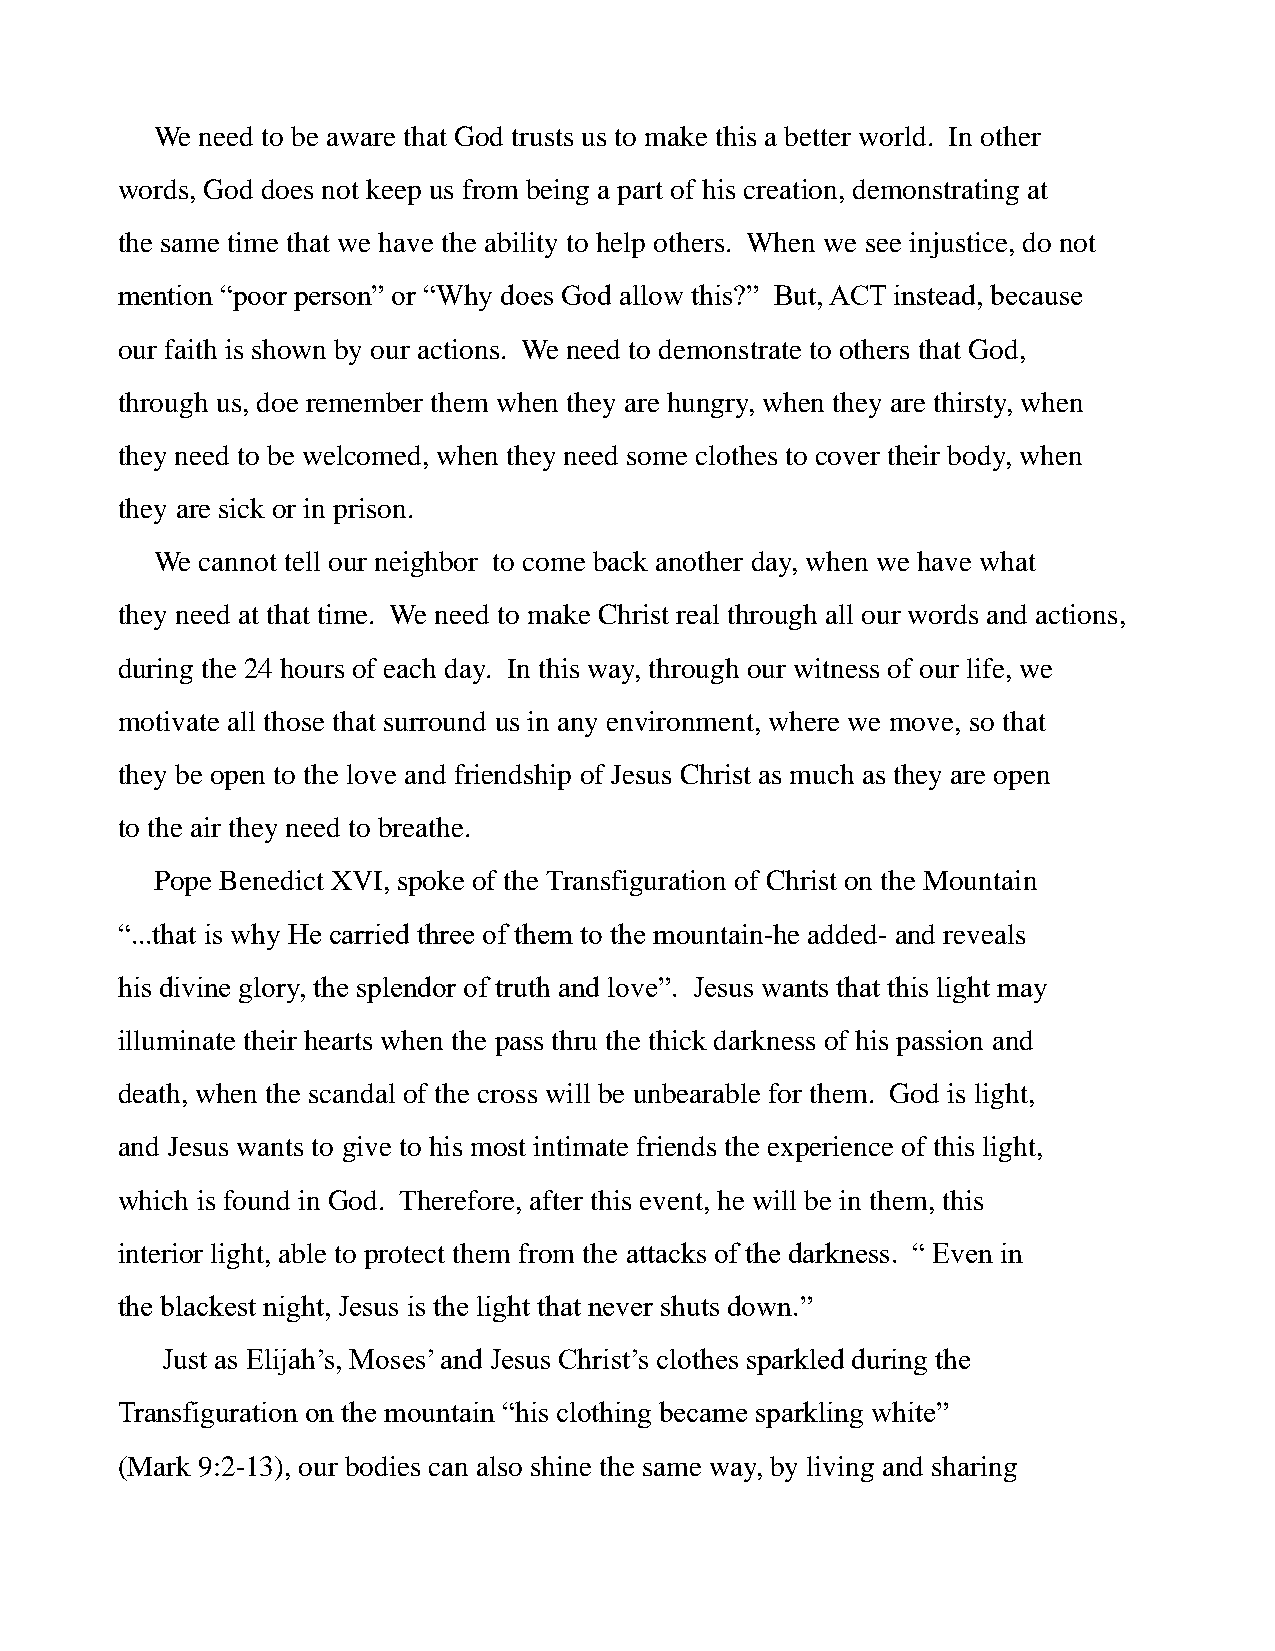
We need to be aware that God trusts us to make this a better world. In other
 words, God does not keep us from being a part of his creation, demonstrating at
 the same time that we have the ability to help others. When we see injustice, do not
 mention “poor person” or “Why does God allow this?” But, ACT instead, because
 our faith is shown by our actions. We need to demonstrate to others that God,
 through us, doe remember them when they are hungry, when they are thirsty, when
 they need to be welcomed, when they need some clothes to cover their body, when
 they are sick or in prison.
 We cannot tell our neighbor to come back another day, when we have what
 they need at that time. We need to make Christ real through all our words and actions,
 during the 24 hours of each day. In this way, through our witness of our life, we
 motivate all those that surround us in any environment, where we move, so that
 they be open to the love and friendship of Jesus Christ as much as they are open
 to the air they need to breathe.
 Pope Benedict XVI, spoke of the Transfiguration of Christ on the Mountain
 “...that is why He carried three of them to the mountain-he added- and reveals
 his divine glory, the splendor of truth and love”. Jesus wants that this light may
 illuminate their hearts when the pass thru the thick darkness of his passion and
 death, when the scandal of the cross will be unbearable for them. God is light,
 and Jesus wants to give to his most intimate friends the experience of this light,
 which is found in God. Therefore, after this event, he will be in them, this
 interior light, able to protect them from the attacks of the darkness. “ Even in
 the blackest night, Jesus is the light that never shuts down.”
 Just as Elijah’s, Moses’ and Jesus Christ’s clothes sparkled during the
 Transfiguration on the mountain “his clothing became sparkling white”
 (Mark 9:2-13), our bodies can also shine the same way, by living and sharing